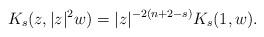
LaTeX: \begin{align*}K_s(z,|z|^2w)=|z|^{-2(n+2-s)}K_s(1,w).\end{align*}